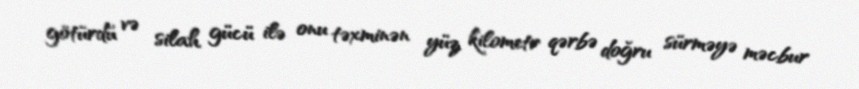
götürdü və silah gücü ilə onu təxminən yüz kilometr qərbə doğru sürməyə məcbur